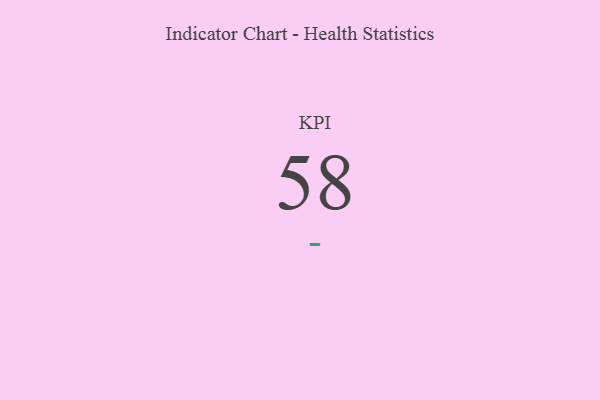
{"axis": {"x": "KPI", "y": "Value"}, "legend": [""], "data": [{"x": "KPI", "y": 58, "type": ""}]}